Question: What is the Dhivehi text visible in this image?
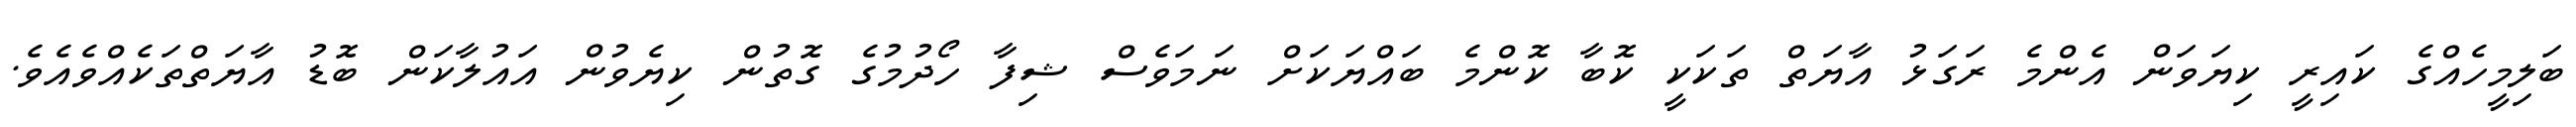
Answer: ބަލިމީހެއްގެ ކައިރީ ކިޔަވަން އެންމެ ރަގަޅު އާޔަތް ތަކަކީ ކޮބާ ކޮންމެ ބައްޔަކަށް ނަމަވެސް ޝިފާ ހޯދުމުގެ ގޮތުން ކިޔެވުން އައުލާކަން ބޮޑު އާޔަތްތަކެއްވެއެވެ.